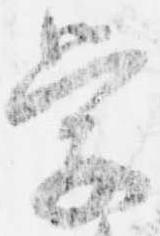
学